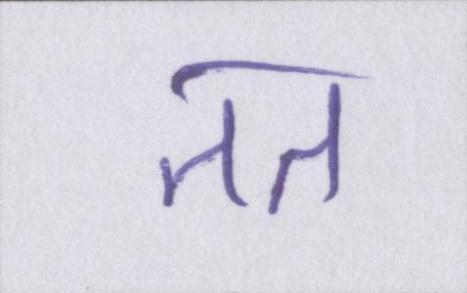
तत